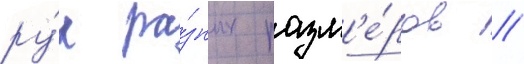
ру́к ра́зных разм'е́ров //